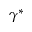
\gamma ^ { \ast }